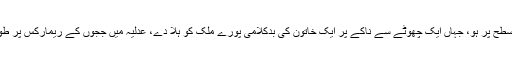
ان تمام عوامل کا ایسے وقت ہونا جب ریاستی اداروں پر عوامی اعتماد اپنی کم ترین سطح پر ہو، جہاں ایک چھوٹے سے ناکے پر ایک خاتون کی بدکلامی پورے ملک کو ہلا دے، عدلیہ میں ججوں کے ریمارکس پر طوفان بپا ہو جائے، کرونا کا آنے والا طوفان کیا گل کھلائے گا، کہنا قبل از وقت ہے۔